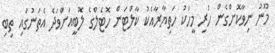
މޫނު ނިވާކޮށްގެން ހުރި މީހަކު ހަތިޔާރާއެކު ކާލްޓަން ހޮޓެލްގެ ލޮބީއަށްވަދެ އެތަނުގައި ތިބި